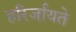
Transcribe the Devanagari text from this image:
हरिर्जायते